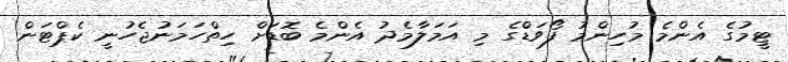
ޓީމުގެ އެންމެ މުހިންމު ފޯވަޑްގެ މި އަމަލާމެދު އެންމެ ބޮޑަށް ހިތްހަމަނުޖެހުނީ ކެޕްޓަން